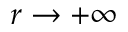
r \to + \infty